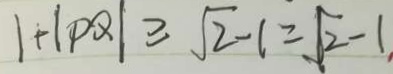
1 + \vert P Q \vert \geq \sqrt { 2 } - 1 = \sqrt { 2 } - 1 .